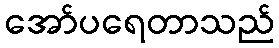
အော်ပရေတာသည်